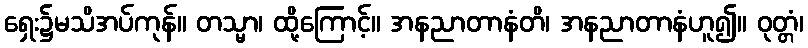
ရှေး၌မသိအပ်ကုန်။ တသ္မာ၊ ထို့ကြောင့်။ အနညာတာနံတိ၊ အနညာတာနံဟူ၍။ ဝုတ္တံ၊